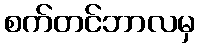
စက်တင်ဘာလမှ